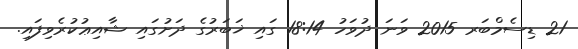
21 ޑިސެމްބަރ 2015 ވަނަ ދުވަހު 18:14 ގައި ޚަބަރުގެ ދަށުގައި ޝާއިޢުކުރެވިފައި.